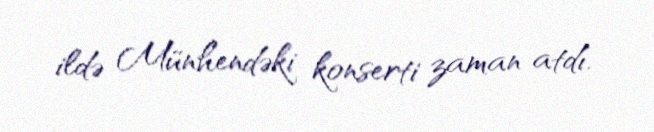
ildə Münhendəki konserti zaman atdı.